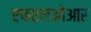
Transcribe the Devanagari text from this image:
एफएलओआर